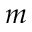
m